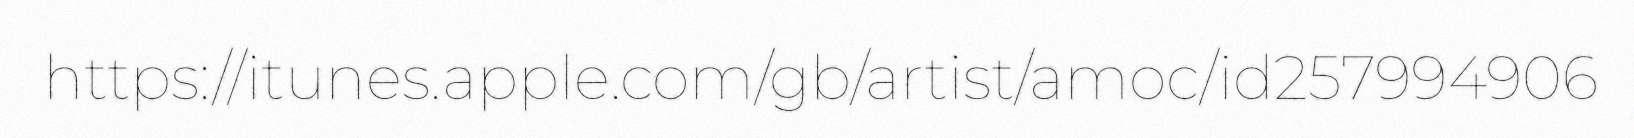
https://itunes.apple.com/gb/artist/amoc/id257994906